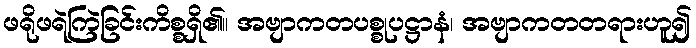
ဖရိုဖရဲကြဲခြင်းကိစ္စရှိ၏။ အဗျာကတပစ္စုပဋ္ဌာနံ၊ အဗျာကတတရားဟူ၍